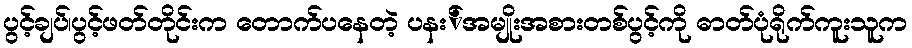
ပွင့်ချပ်၊ပွင့်ဖတ်တိုင်းက တောက်ပနေတဲ့ ပနး်အမျိုးအစားတစ်ပွင့်ကို ဓာတ်ပုံရိုက်ကူးသူက